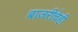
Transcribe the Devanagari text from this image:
बाजरीचेही